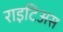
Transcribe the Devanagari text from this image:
राइटिअस